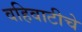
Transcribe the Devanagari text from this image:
वहिवाटीचे